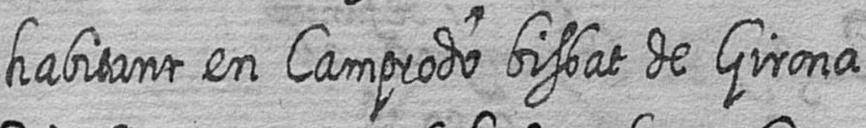
habitant en Camprodo bisbat de Girona